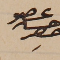
عضو حسن حصِر